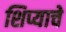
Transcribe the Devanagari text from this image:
शिप्याचे